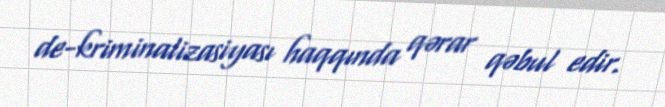
de-kriminalizasiyası haqqında qərar qəbul edir.